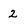
Character: 2